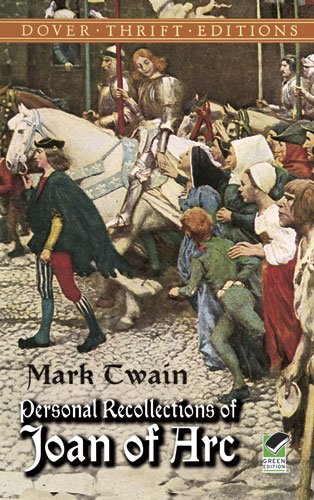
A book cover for Personal Recollections of Joan of Arc (Dover Thrift Editions); Mark Twain; Literature & Fiction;